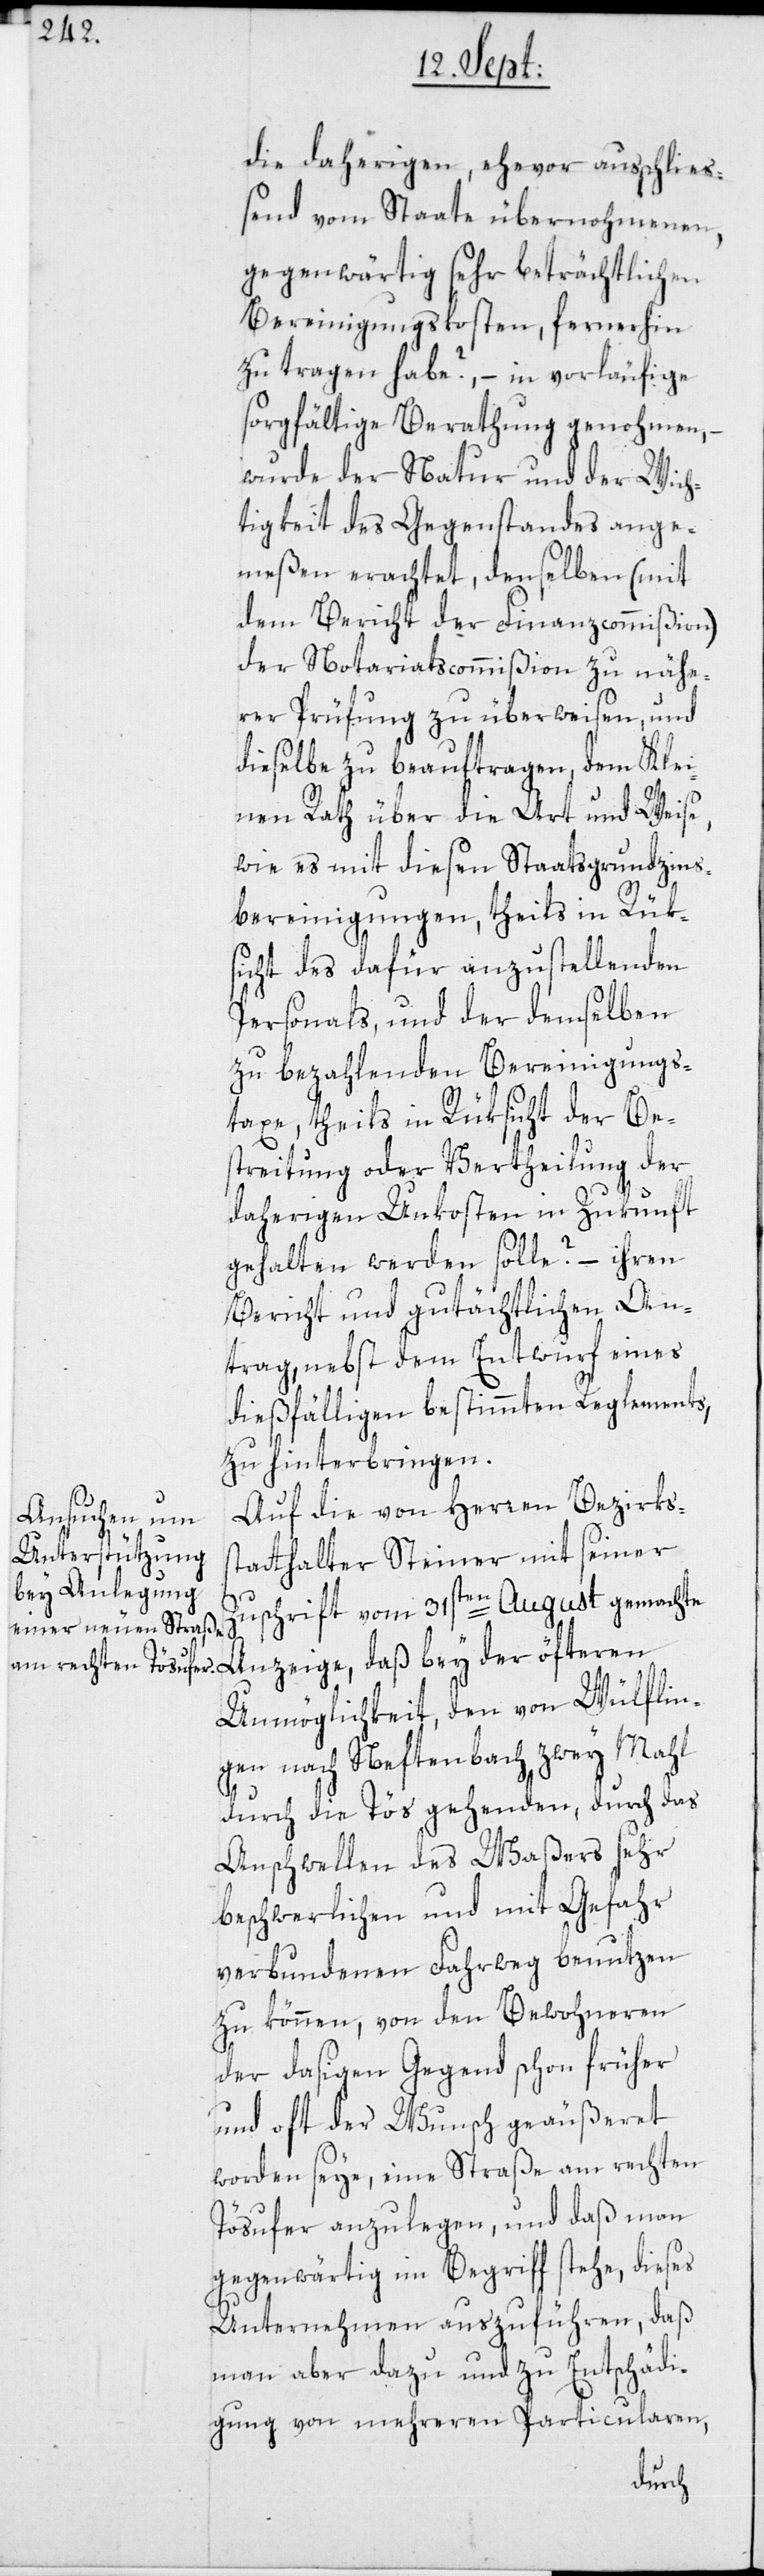
die daherigen, ehevor ausschlie¬
ßend vom Staate übernohmenen,
gegenwärtig sehr beträchtlichen
Bereinigungskosten, fernerhin
zu tragen habe?, – in vorläufige
sorgfältige Berathung genohmen,
wurde der Natur und der Wich¬
tigkeit des Gegenstandes ange¬
meßen erachtet, denselben (mit
dem Bericht der Finanzcommißion)
der Notariatscommißion zu nähe¬
rer Prüfung zu überweisen, und
dieselbe zu beauftragen, dem Klei¬
nen Rath über die Art und Weise,
wie es mit diesen Staatsgrundzins¬
bereinigungen, theils in Rüks¬
icht des dafür anzustellenden
Personals, und der demselben
zu bezahlenden Bereinigungs¬
taxe, theils in Rüksicht der Be¬
streitung oder Vertheilung der
daherigen Unkosten in Zukunft
gehalten werden solle? – ihren
Bericht und gutächtlichen An¬
trag, nebst dem Entwurf eines
dießfälligen bestimmten Reglements,
zu hinterbringen.
Auf die von Herren Bezirkss¬
tatthalter Steiner mit seiner
Zuschrift vom 31sten August gemachte
Anzeige, daß bey der öfteren
Unmöglichkeit, den von Wülflin¬
gen nach Neftenbach zwey Mahl
durch die Tös gehenden, durch das
Anschwellen des Waßers sehr
beschwerlichen und mit Gefahr
verbundenen Fahrweg benutzen
zu können, von den Bewohneren
der dasigen Gegend schon früher
und oft der Wunsch geäußeret
worden seye, eine Straße am rechten
Tösufer anzulegen, und daß man
gegenwärtig im Begriff stehe, dieses
Unternehmen auszuführen, daß
man aber dazu und zu Entschädi¬
gung von mehreren Particularen,